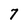
Character: 7